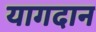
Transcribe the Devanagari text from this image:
यागदान